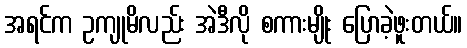
အရင်က ဥကျုမိလည်း အဲဒီလို စကားမျိုး ပြောခဲ့ဖူးတယ်။